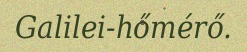
Galilei-hőmérő.